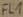
Text: FL1